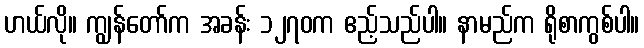
ဟယ်လို။ ကျွန်တော်က အခန်း ၁၂၇၀က ဧည့်သည်ပါ။ နာမည်က ရိုစာကွစ်ပါ။